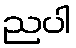
ညပါ